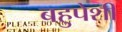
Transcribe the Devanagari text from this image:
बहुपेशी